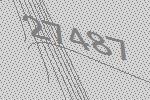
27487